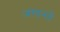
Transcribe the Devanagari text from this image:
अमानतें